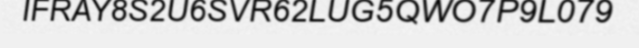
IFRAY8S2U6SVR62LUG5QWO7P9L079